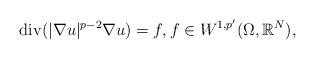
LaTeX: \begin{align*}\operatorname{div} (|\nabla u|^{p-2} \nabla u) = f, f \in W^{1,p'}(\Omega,\mathbb{R}^N),\end{align*}